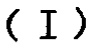
（I）